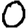
Digit: 0